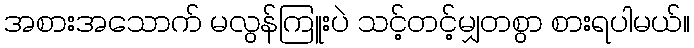
အစားအသောက် မလွန်ကြူးပဲ သင့်တင့်မျှတစွာ စားရပါမယ်။